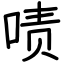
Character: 啧